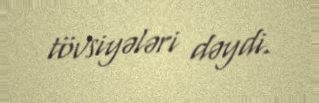
tövsiyələri dəydi.